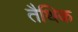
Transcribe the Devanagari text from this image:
तैथिक